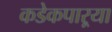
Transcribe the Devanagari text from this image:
कडेकपाऱ्या